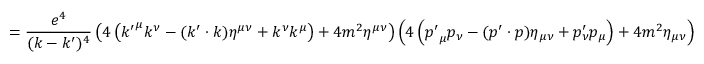
= { \frac { e ^ { 4 } } { ( k - k ^ { \prime } ) ^ { 4 } } } \left( 4 \left( { k ^ { \prime } } ^ { \mu } k ^ { \nu } - ( k ^ { \prime } \cdot k ) \eta ^ { \mu \nu } + k ^ { \nu } k ^ { \mu } \right) + 4 m ^ { 2 } \eta ^ { \mu \nu } \right) \left( 4 \left( { p ^ { \prime } } _ { \mu } p _ { \nu } - ( p ^ { \prime } \cdot p ) \eta _ { \mu \nu } + p _ { \nu } ^ { \prime } p _ { \mu } \right) + 4 m ^ { 2 } \eta _ { \mu \nu } \right)